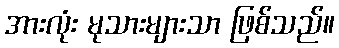
အားလုံး မုသားများသာ ဖြစ်သည်။